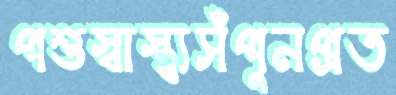
পশুস্বাস্থ্যসঁপুনপ্রত